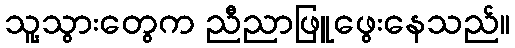
သူ့သွားတွေက ညီညာဖြူဖွေးနေသည်။